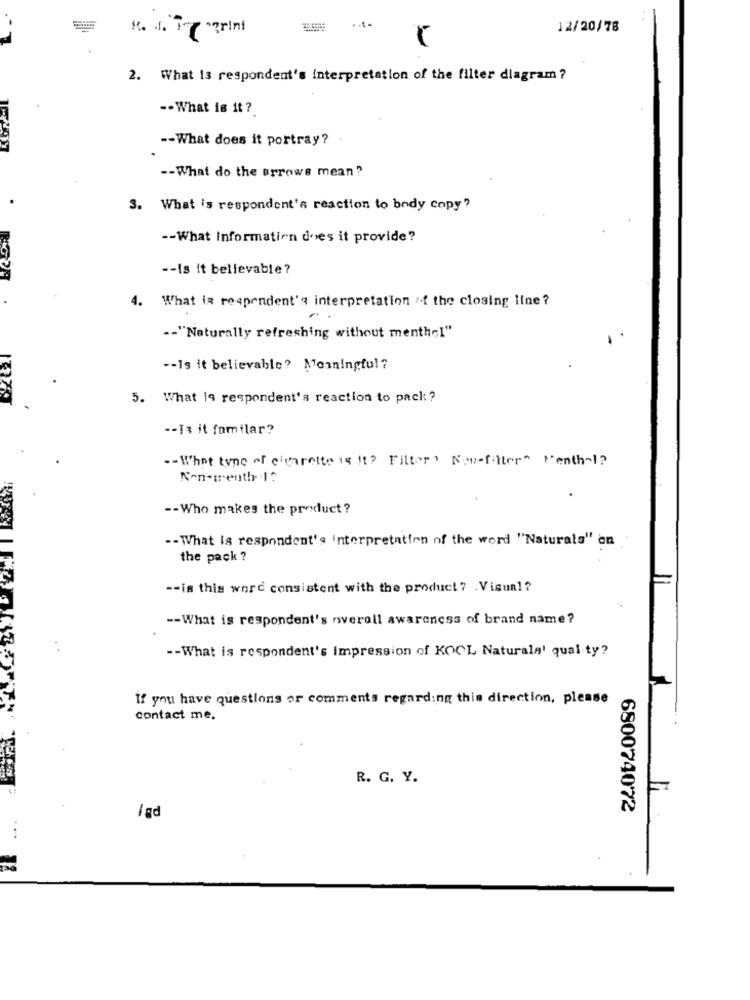
12/20/78
2. What is respondent's interpretation of the filter diagram ?
-- What is it ?
-- What does it portray?
-- What do the arrows mean?
3. What is respondent's reaction to body copy?
-- What Information does it provide?
-- Is it believable ?
4. What is respondent's interpretation of the closing line ?
-- "Naturally refreshing without menthol"
-- Is it believable? Meaningful?
5. What is respondent's reaction to pack ?
-- 13 it familar?
-- What tone of cigarette is It? Filter, New-filter" Menth-1?
Non-wenth 1?
-- Who makes the product ?
-- What is respondent's interpretation of the word "Naturals" on
the pack ?
-- is this word consistent with the product ? . Visual?
-- What is respondent's nveroll awareness of brand name?
-- What is respondent's Impression of KOOL Naturale' qual ty?
If you have questions or comments regarding this direction, please
contact me.
R. G. Y.
680074072
1 gd